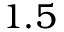
1 . 5